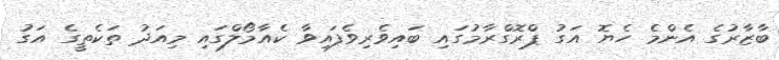
ބާޒާރުގެ އެންމެ ހެޔޮ އަގު ޕްރޮގްރާމުގައި ބައިވެރިވެފައިވާ ކެއާމޯލްގައި މިއަދު ތަކެތީގެ އަގު